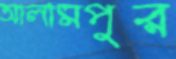
আলামপুর